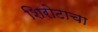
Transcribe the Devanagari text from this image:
शिरोटाचा